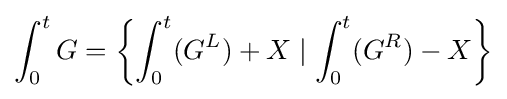
\int _{0}^{t}G=\left\{\int _{0}^{t}(G^{L})+X\mid \int _{0}^{t}(G^{R})-X\right\}